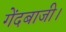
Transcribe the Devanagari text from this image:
गेंदबाजी।